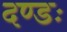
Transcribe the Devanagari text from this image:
दण्डः